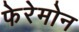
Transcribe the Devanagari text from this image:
फेरेमोन